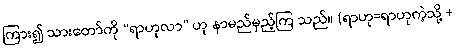
ကြား၍ သားတော်ကို “ရာဟုလာ” ဟု နာမည်မှည့်ကြ သည်။ (ရာဟု=ရာဟုကဲ့သို့ +